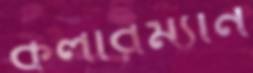
কলারম্যান